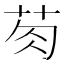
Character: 𮎯